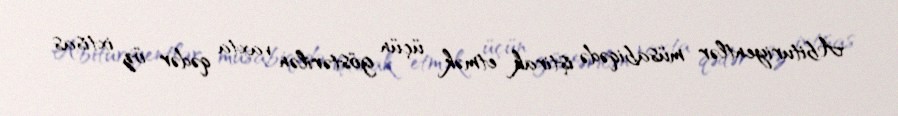
Abituriyentlər müsabiqədə iştirak etmək üçün göstərilən vaxta qədər öz ixtisas